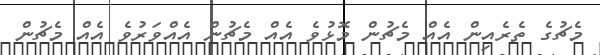
މެޗުގެ ތެރެއިން އެއް މެޗުން މޮޅުވެ އެއް މެޗުން އެއްވަރުވެ އެއް މެޗުން